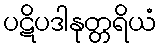
ပဋိပဒါနုတ္တရိယံ